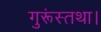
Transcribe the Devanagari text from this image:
गुरूंस्तथा।